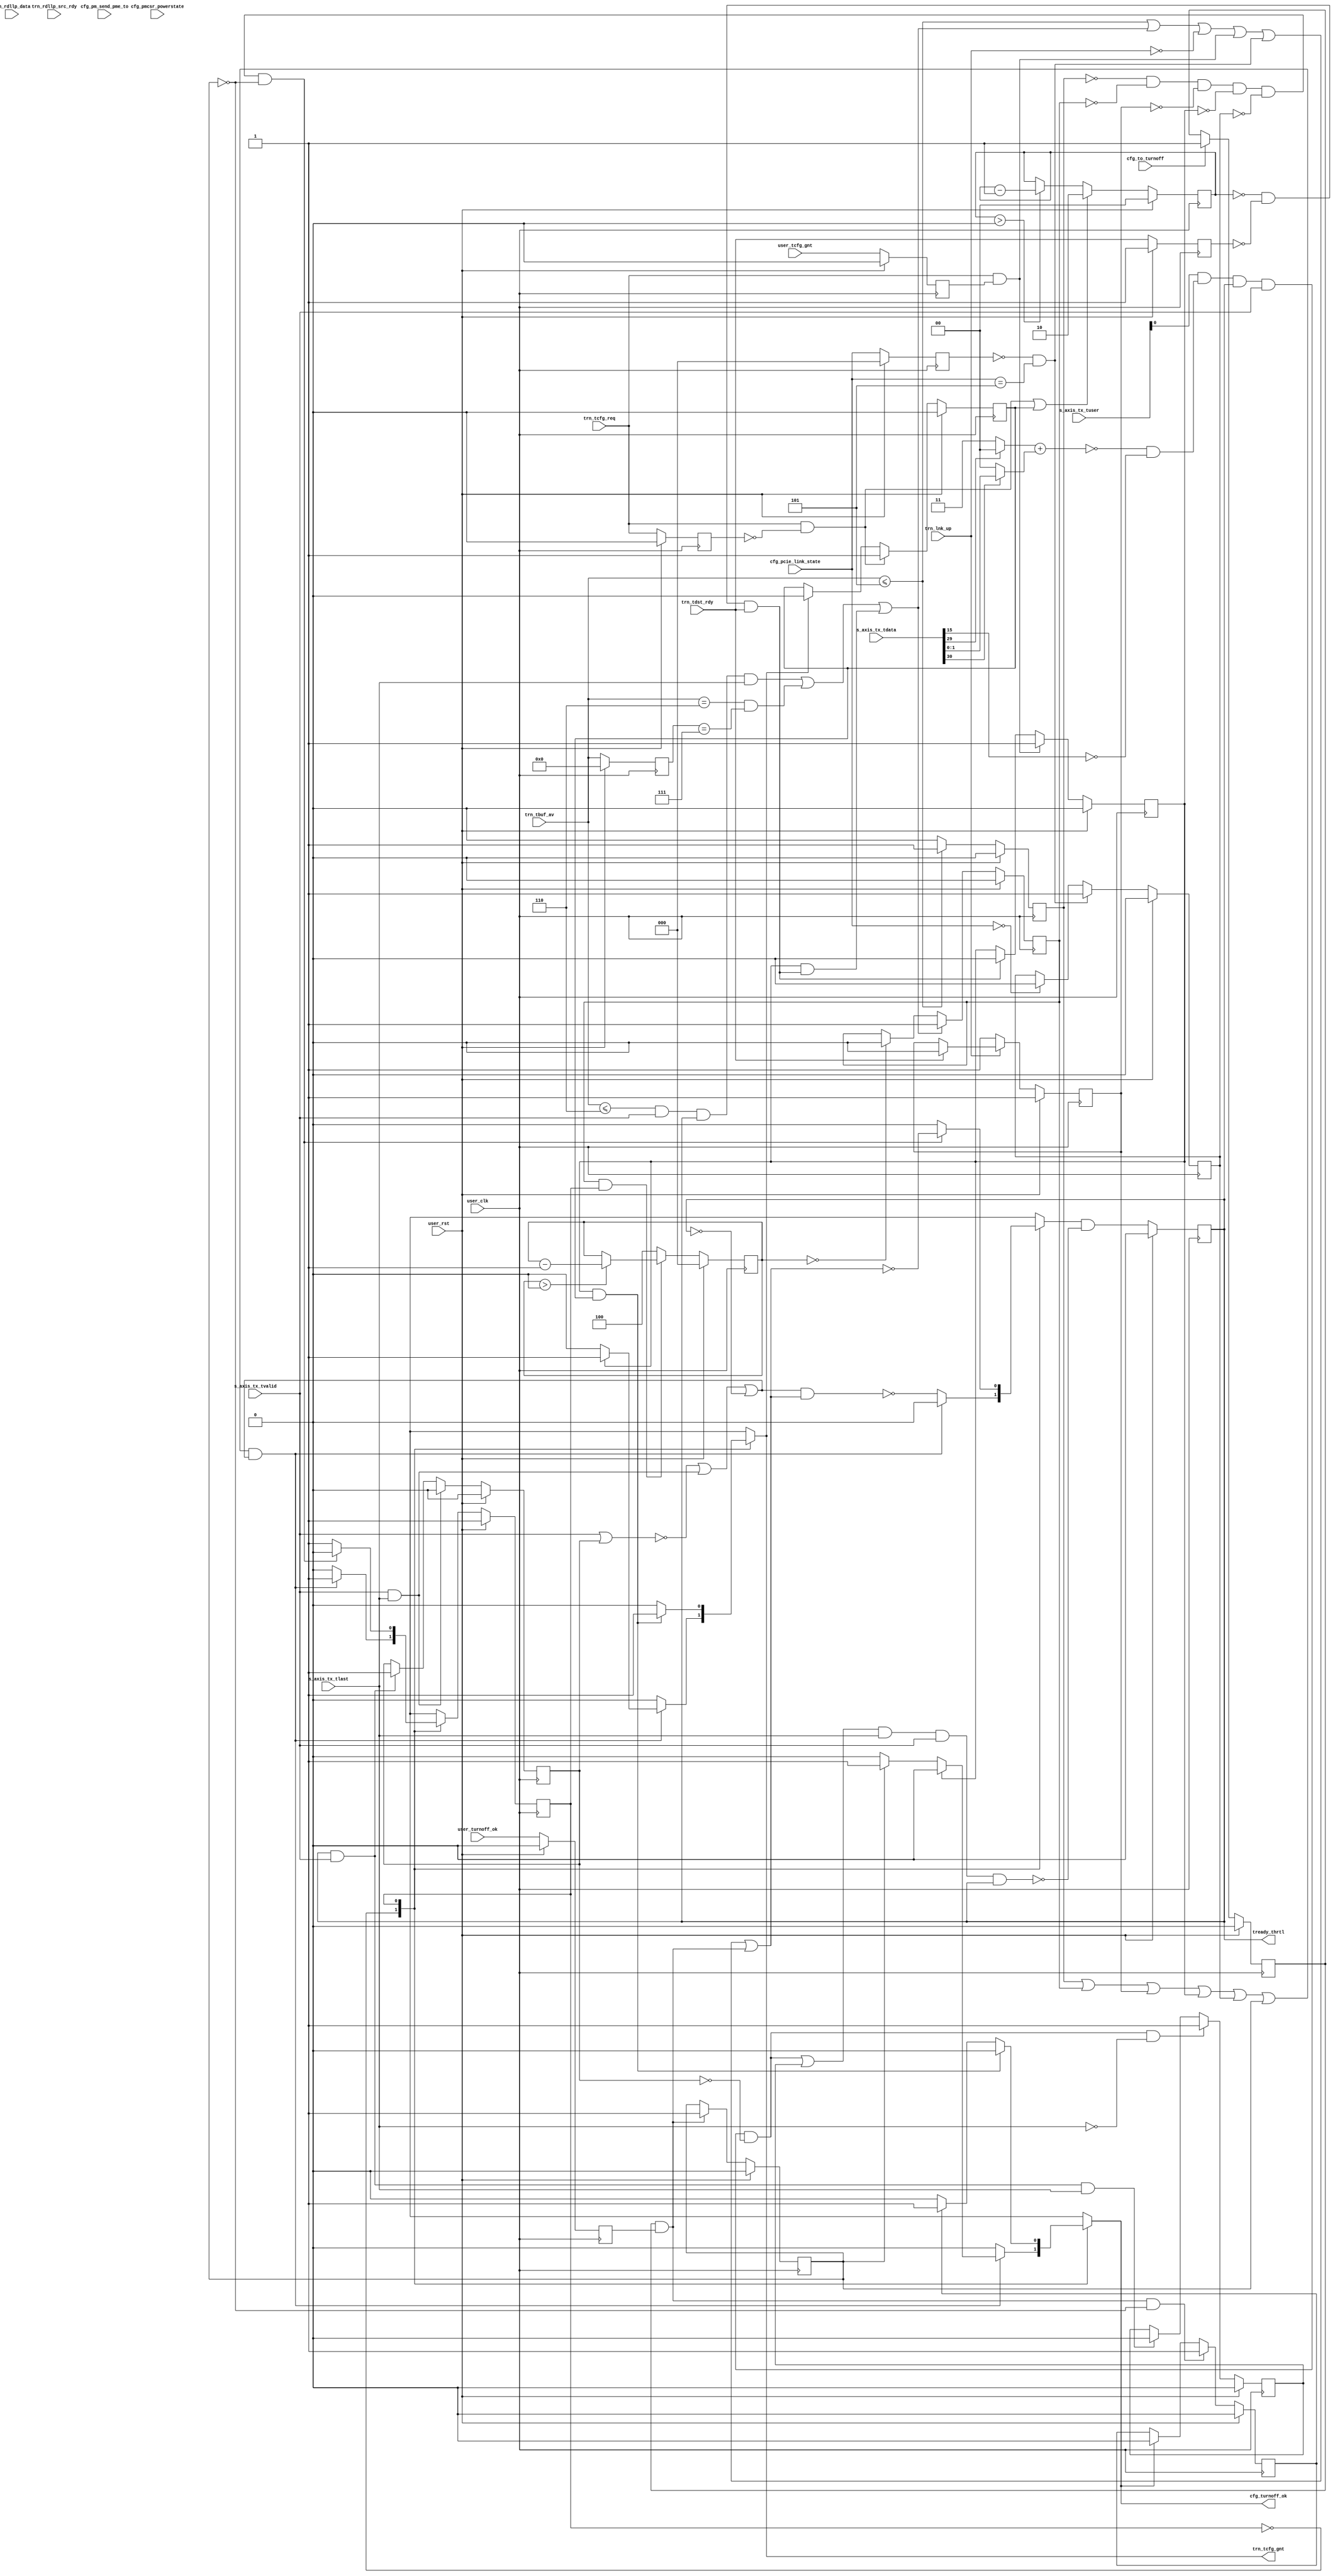
//-----------------------------------------------------------------------------
//
// (c) Copyright 2010-2011 Xilinx, Inc. All rights reserved.
//
// This file contains confidential and proprietary information
// of Xilinx, Inc. and is protected under U.S. and
// international copyright and other intellectual property
// laws.
//
// DISCLAIMER
// This disclaimer is not a license and does not grant any
// rights to the materials distributed herewith. Except as
// otherwise provided in a valid license issued to you by
// Xilinx, and to the maximum extent permitted by applicable
// law: (1) THESE MATERIALS ARE MADE AVAILABLE "AS IS" AND
// WITH ALL FAULTS, AND XILINX HEREBY DISCLAIMS ALL WARRANTIES
// AND CONDITIONS, EXPRESS, IMPLIED, OR STATUTORY, INCLUDING
// BUT NOT LIMITED TO WARRANTIES OF MERCHANTABILITY, NON-
// INFRINGEMENT, OR FITNESS FOR ANY PARTICULAR PURPOSE; and
// (2) Xilinx shall not be liable (whether in contract or tort,
// including negligence, or under any other theory of
// liability) for any loss or damage of any kind or nature
// related to, arising under or in connection with these
// materials, including for any direct, or any indirect,
// special, incidental, or consequential loss or damage
// (including loss of data, profits, goodwill, or any type of
// loss or damage suffered as a result of any action brought
// by a third party) even if such damage or loss was
// reasonably foreseeable or Xilinx had been advised of the
// possibility of the same.
//
// CRITICAL APPLICATIONS
// Xilinx products are not designed or intended to be fail-
// safe, or for use in any application requiring fail-safe
// performance, such as life-support or safety devices or
// systems, Class III medical devices, nuclear facilities,
// applications related to the deployment of airbags, or any
// other applications that could lead to death, personal
// injury, or severe property or environmental damage
// (individually and collectively, "Critical
// Applications"). Customer assumes the sole risk and
// liability of any use of Xilinx products in Critical
// Applications, subject only to applicable laws and
// regulations governing limitations on product liability.
//
// THIS COPYRIGHT NOTICE AND DISCLAIMER MUST BE RETAINED AS
// PART OF THIS FILE AT ALL TIMES.
//
//-----------------------------------------------------------------------------
// Project    : Series-7 Integrated Block for PCI Express
// Version    : 1.10
//                                                                            //
//  Description:                                                              //
//  TX throttle controller. Anticipates back-pressure from PCIe block and     //
//  preemptively back-pressures user design (packet boundary throttling).     //
//                                                                            //
//  Notes:                                                                    //
//  Optional notes section.                                                   //
//                                                                            //
//  Hierarchical:                                                             //
//    axi_basic_top                                                           //
//      axi_basic_tx                                                          //
//        axi_basic_tx_thrtl_ctl                                              //
//                                                                            //
//----------------------------------------------------------------------------//

`timescale 1ps/1ps

module pcie_7x_v1_10_axi_basic_tx_thrtl_ctl #(
  parameter C_DATA_WIDTH = 128,           // RX/TX interface data width
  parameter C_FAMILY     = "X7",          // Targeted FPGA family
  parameter C_ROOT_PORT  = "FALSE",       // PCIe block is in root port mode
  parameter TCQ = 1                       // Clock to Q time
  ) (

  // AXI TX
  //-----------
  input  [C_DATA_WIDTH-1:0] s_axis_tx_tdata,         // TX data from user
  input                     s_axis_tx_tvalid,        // TX data is valid
  input               [3:0] s_axis_tx_tuser,         // TX user signals
  input                     s_axis_tx_tlast,         // TX data is last

  // User Misc.
  //-----------
  input                     user_turnoff_ok,         // Turnoff OK from user
  input                     user_tcfg_gnt,           // Send cfg OK from user

  // TRN TX
  //-----------
  input               [5:0] trn_tbuf_av,             // TX buffers available
  input                     trn_tdst_rdy,            // TX destination ready

  // TRN Misc.
  //-----------
  input                     trn_tcfg_req,            // TX config request
  output                    trn_tcfg_gnt,            // TX config grant
  input                     trn_lnk_up,              // PCIe link up

  // 7 Series/Virtex6 PM
  //-----------
  input               [2:0] cfg_pcie_link_state,     // Encoded PCIe link state

  // Virtex6 PM
  //-----------
  input                     cfg_pm_send_pme_to,      // PM send PME turnoff msg
  input               [1:0] cfg_pmcsr_powerstate,    // PMCSR power state
  input              [31:0] trn_rdllp_data,          // RX DLLP data
  input                     trn_rdllp_src_rdy,       // RX DLLP source ready

  // Virtex6/Spartan6 PM
  //-----------
  input                     cfg_to_turnoff,          // Turnoff request
  output reg                cfg_turnoff_ok,          // Turnoff grant

  // System
  //-----------
  output reg                tready_thrtl,            // TREADY to pipeline
  input                     user_clk,                // user clock from block
  input                     user_rst                 // user reset from block
);

// Thrtl user when TBUF hits this val
localparam TBUF_AV_MIN = (C_DATA_WIDTH == 128) ? 5 :
                                                   (C_DATA_WIDTH == 64) ? 1 : 0;

// Pause user when TBUF hits this val
localparam TBUF_AV_GAP = TBUF_AV_MIN + 1;

// GAP pause time - the latency from the time a packet is accepted on the TRN
// interface to the time trn_tbuf_av from the Block will decrement.
localparam TBUF_GAP_TIME = (C_DATA_WIDTH == 128) ? 4 : 1;

// Latency time from when tcfg_gnt is asserted to when PCIe block will throttle
localparam TCFG_LATENCY_TIME = 2'd2;

// Number of pipeline stages to delay trn_tcfg_gnt. For V6 128-bit only
localparam TCFG_GNT_PIPE_STAGES = 3;

// Throttle condition registers and constants
reg        lnk_up_thrtl;
wire       lnk_up_trig;
wire       lnk_up_exit;

reg        tbuf_av_min_thrtl;
wire       tbuf_av_min_trig;

reg        tbuf_av_gap_thrtl;
reg  [2:0] tbuf_gap_cnt;
wire       tbuf_av_gap_trig;
wire       tbuf_av_gap_exit;
wire       gap_trig_tlast;
wire       gap_trig_decr;
reg  [5:0] tbuf_av_d;

reg        tcfg_req_thrtl;
reg  [1:0] tcfg_req_cnt;
reg        trn_tdst_rdy_d;
wire       tcfg_req_trig;
wire       tcfg_req_exit;
reg        tcfg_gnt_log;

wire       pre_throttle;
wire       reg_throttle;
wire       exit_crit;
reg        reg_tcfg_gnt;
reg        trn_tcfg_req_d;
reg        tcfg_gnt_pending;
wire       wire_to_turnoff;
reg        reg_turnoff_ok;

reg        tready_thrtl_mux;

localparam LINKSTATE_L0             = 3'b000;
localparam LINKSTATE_PPM_L1         = 3'b001;
localparam LINKSTATE_PPM_L1_TRANS   = 3'b101;
localparam LINKSTATE_PPM_L23R_TRANS = 3'b110;
localparam PM_ENTER_L1              = 8'h20;
localparam POWERSTATE_D0            = 2'b00;

reg        ppm_L1_thrtl;
wire       ppm_L1_trig;
wire       ppm_L1_exit;
reg  [2:0] cfg_pcie_link_state_d;
reg        trn_rdllp_src_rdy_d;

reg        ppm_L23_thrtl;
wire       ppm_L23_trig;
reg        cfg_turnoff_ok_pending;

reg        reg_tlast;

// Throttle control state machine states and registers
localparam IDLE       = 0;
localparam THROTTLE   = 1;
reg        cur_state;
reg        next_state;

reg        reg_axi_in_pkt;
wire       axi_in_pkt;
wire       axi_pkt_ending;
wire       axi_throttled;
wire       axi_thrtl_ok;
wire       tx_ecrc_pause;

//----------------------------------------------------------------------------//
// THROTTLE REASON: PCIe link is down                                         //
//   - When to throttle: trn_lnk_up deasserted                                //
//   - When to stop: trn_tdst_rdy assesrted                                   //
//----------------------------------------------------------------------------//
assign lnk_up_trig = !trn_lnk_up;
assign lnk_up_exit = trn_tdst_rdy;

always @(posedge user_clk) begin
  if(user_rst) begin
    lnk_up_thrtl <= #TCQ 1'b1;
  end
  else begin
    if(lnk_up_trig) begin
      lnk_up_thrtl <= #TCQ 1'b1;
    end
    else if(lnk_up_exit) begin
      lnk_up_thrtl <= #TCQ 1'b0;
    end
  end
end


//----------------------------------------------------------------------------//
// THROTTLE REASON: Transmit buffers depleted                                 //
//   - When to throttle: trn_tbuf_av falls to 0                               //
//   - When to stop: trn_tbuf_av rises above 0 again                          //
//----------------------------------------------------------------------------//
assign tbuf_av_min_trig = (trn_tbuf_av <= TBUF_AV_MIN);

always @(posedge user_clk) begin
  if(user_rst) begin
    tbuf_av_min_thrtl <= #TCQ 1'b0;
  end
  else begin
    if(tbuf_av_min_trig) begin
      tbuf_av_min_thrtl <= #TCQ 1'b1;
    end

    // The exit condition for tbuf_av_min_thrtl is !tbuf_av_min_trig
    else begin
      tbuf_av_min_thrtl <= #TCQ 1'b0;
    end
  end
end


//----------------------------------------------------------------------------//
// THROTTLE REASON: Transmit buffers getting low                              //
//   - When to throttle: trn_tbuf_av falls below "gap" threshold TBUF_AV_GAP  //
//   - When to stop: after TBUF_GAP_TIME cycles elapse                        //
//                                                                            //
// If we're about to run out of transmit buffers, throttle the user for a     //
// few clock cycles to give the PCIe block time to catch up. This is          //
// needed to compensate for latency in decrementing trn_tbuf_av in the PCIe   //
// Block transmit path.                                                       //
//----------------------------------------------------------------------------//

// Detect two different scenarios for buffers getting low:
// 1) If we see a TLAST. a new packet has been inserted into the buffer, and
//    we need to pause and let that packet "soak in"
assign gap_trig_tlast = (trn_tbuf_av <= TBUF_AV_GAP) &&
                            s_axis_tx_tvalid && tready_thrtl && s_axis_tx_tlast;

// 2) Any time tbug_avail decrements to the TBUF_AV_GAP threshold, we need to
//    pause and make sure no other packets are about to soak in and cause the
//    buffer availability to drop further.
assign gap_trig_decr  = (trn_tbuf_av == (TBUF_AV_GAP)) &&
                                                 (tbuf_av_d == (TBUF_AV_GAP+1));

assign gap_trig_tcfg  = (tcfg_req_thrtl && tcfg_req_exit);
assign tbuf_av_gap_trig = gap_trig_tlast || gap_trig_decr || gap_trig_tcfg;
assign tbuf_av_gap_exit = (tbuf_gap_cnt == 0);

always @(posedge user_clk) begin
  if(user_rst) begin
    tbuf_av_gap_thrtl <= #TCQ 1'b0;
    tbuf_gap_cnt      <= #TCQ 3'h0;
    tbuf_av_d         <= #TCQ 6'h00;
  end
  else begin
    if(tbuf_av_gap_trig) begin
      tbuf_av_gap_thrtl <= #TCQ 1'b1;
    end
    else if(tbuf_av_gap_exit) begin
      tbuf_av_gap_thrtl <= #TCQ 1'b0;
    end

    // tbuf gap counter:
    // This logic controls the length of the throttle condition when tbufs are
    // getting low.
    if(tbuf_av_gap_thrtl && (cur_state == THROTTLE)) begin
      if(tbuf_gap_cnt > 0) begin
        tbuf_gap_cnt <= #TCQ tbuf_gap_cnt - 3'd1;
      end
    end
    else begin
      tbuf_gap_cnt <= #TCQ TBUF_GAP_TIME;
    end

    tbuf_av_d <= #TCQ trn_tbuf_av;
  end
end


//----------------------------------------------------------------------------//
// THROTTLE REASON: Block needs to send a CFG response                        //
//   - When to throttle: trn_tcfg_req and user_tcfg_gnt asserted              //
//   - When to stop: after trn_tdst_rdy transitions to unasserted             //
//                                                                            //
// If the block needs to send a response to a CFG packet, this will cause     //
// the subsequent deassertion of trn_tdst_rdy. When the user design permits,  //
// grant permission to the block to service request and throttle the user.    //
//----------------------------------------------------------------------------//
assign tcfg_req_trig = trn_tcfg_req && reg_tcfg_gnt;
assign tcfg_req_exit = (tcfg_req_cnt == 2'd0) && !trn_tdst_rdy_d &&
                                                                   trn_tdst_rdy;
always @(posedge user_clk) begin
  if(user_rst) begin
    tcfg_req_thrtl   <= #TCQ 1'b0;
    trn_tcfg_req_d   <= #TCQ 1'b0;
    trn_tdst_rdy_d   <= #TCQ 1'b1;
    reg_tcfg_gnt     <= #TCQ 1'b0;
    tcfg_req_cnt     <= #TCQ 2'd0;
    tcfg_gnt_pending <= #TCQ 1'b0;
  end
  else begin
    if(tcfg_req_trig) begin
      tcfg_req_thrtl <= #TCQ 1'b1;
    end
    else if(tcfg_req_exit) begin
      tcfg_req_thrtl <= #TCQ 1'b0;
    end

    // We need to wait the appropriate amount of time for the tcfg_gnt to
    // "sink in" to the PCIe block. After that, we know that the PCIe block will
    // not reassert trn_tdst_rdy until the CFG request has been serviced. If a
    // new request is being service (tcfg_gnt_log == 1), then reset the timer.
    if((trn_tcfg_req && !trn_tcfg_req_d) || tcfg_gnt_pending) begin
      tcfg_req_cnt <= #TCQ TCFG_LATENCY_TIME;
    end
    else begin
      if(tcfg_req_cnt > 0) begin
        tcfg_req_cnt <= #TCQ tcfg_req_cnt - 2'd1;
      end
    end

    // Make sure tcfg_gnt_log pulses once for one clock cycle for every
    // cfg packet request.
    if(trn_tcfg_req && !trn_tcfg_req_d) begin
      tcfg_gnt_pending <= #TCQ 1'b1;
    end
    else if(tcfg_gnt_log) begin
      tcfg_gnt_pending <= #TCQ 1'b0;
    end

    trn_tcfg_req_d <= #TCQ trn_tcfg_req;
    trn_tdst_rdy_d <= #TCQ trn_tdst_rdy;
    reg_tcfg_gnt   <= #TCQ user_tcfg_gnt;
  end
end


//----------------------------------------------------------------------------//
// THROTTLE REASON: Block needs to transition to low power state PPM L1       //
//   - When to throttle: appropriate low power state signal asserted          //
//     (architecture dependent)                                               //
//   - When to stop: cfg_pcie_link_state goes to proper value (C_ROOT_PORT    //
//     dependent)                                                             //
//                                                                            //
// If the block needs to transition to PM state PPM L1, we need to finish     //
// up what we're doing and throttle immediately.                              //
//----------------------------------------------------------------------------//
generate
  // PPM L1 signals for 7 Series in RC mode
  if((C_FAMILY == "X7") && (C_ROOT_PORT == "TRUE")) begin : x7_L1_thrtl_rp
    assign ppm_L1_trig = (cfg_pcie_link_state_d == LINKSTATE_L0) &&
                           (cfg_pcie_link_state == LINKSTATE_PPM_L1_TRANS);
    assign ppm_L1_exit = cfg_pcie_link_state == LINKSTATE_PPM_L1;
  end

  // PPM L1 signals for 7 Series in EP mode
  else if((C_FAMILY == "X7") && (C_ROOT_PORT == "FALSE")) begin : x7_L1_thrtl_ep
    assign ppm_L1_trig = (cfg_pcie_link_state_d == LINKSTATE_L0) &&
                           (cfg_pcie_link_state == LINKSTATE_PPM_L1_TRANS);
    assign ppm_L1_exit = cfg_pcie_link_state == LINKSTATE_L0;
  end

  // PPM L1 signals for V6 in RC mode
  else if((C_FAMILY == "V6") && (C_ROOT_PORT == "TRUE")) begin : v6_L1_thrtl_rp
    assign ppm_L1_trig = (trn_rdllp_data[31:24] == PM_ENTER_L1) &&
                                      trn_rdllp_src_rdy && !trn_rdllp_src_rdy_d;
    assign ppm_L1_exit = cfg_pcie_link_state == LINKSTATE_PPM_L1;
  end

  // PPM L1 signals for V6 in EP mode
  else if((C_FAMILY == "V6") && (C_ROOT_PORT == "FALSE")) begin : v6_L1_thrtl_ep
    assign ppm_L1_trig = (cfg_pmcsr_powerstate != POWERSTATE_D0);
    assign ppm_L1_exit = cfg_pcie_link_state == LINKSTATE_L0;
  end

  // PPM L1 detection not supported for S6
  else begin : s6_L1_thrtl
    assign ppm_L1_trig = 1'b0;
    assign ppm_L1_exit = 1'b1;
  end
endgenerate

always @(posedge user_clk) begin
  if(user_rst) begin
    ppm_L1_thrtl          <= #TCQ 1'b0;
    cfg_pcie_link_state_d <= #TCQ 3'b0;
    trn_rdllp_src_rdy_d   <= #TCQ 1'b0;
  end
  else begin
    if(ppm_L1_trig) begin
      ppm_L1_thrtl <= #TCQ 1'b1;
    end
    else if(ppm_L1_exit) begin
      ppm_L1_thrtl <= #TCQ 1'b0;
    end
    cfg_pcie_link_state_d <= #TCQ cfg_pcie_link_state;
    trn_rdllp_src_rdy_d   <= #TCQ trn_rdllp_src_rdy;
  end
end


//----------------------------------------------------------------------------//
// THROTTLE REASON: Block needs to transition to low power state PPM L2/3     //
//   - When to throttle: appropriate PM signal indicates a transition to      //
//     L2/3 is pending or in progress (family and role dependent)             //
//   - When to stop: never (the only path out of L2/3 is a full reset)        //
//                                                                            //
// If the block needs to transition to PM state PPM L2/3, we need to finish   //
// up what we're doing and throttle when the user gives permission.           //
//----------------------------------------------------------------------------//
generate
  // PPM L2/3 signals for 7 Series in RC mode
  if((C_FAMILY == "X7") && (C_ROOT_PORT == "TRUE")) begin : x7_L23_thrtl_rp
    assign ppm_L23_trig = (cfg_pcie_link_state_d == LINKSTATE_PPM_L23R_TRANS);
    assign wire_to_turnoff = 1'b0;
  end

  // PPM L2/3 signals for V6 in RC mode
  else if((C_FAMILY == "V6") && (C_ROOT_PORT == "TRUE")) begin : v6_L23_thrtl_rp
    assign ppm_L23_trig = cfg_pm_send_pme_to;
    assign wire_to_turnoff = 1'b0;
  end

  // PPM L2/3 signals in EP mode
  else begin : L23_thrtl_ep
    assign ppm_L23_trig = wire_to_turnoff && reg_turnoff_ok;

    // PPM L2/3 signals for 7 Series in EP mode
    // For 7 Series, cfg_to_turnoff pulses once when a turnoff request is
    // outstanding, so we need a "sticky" register that grabs the request.
    if(C_FAMILY == "X7") begin : x7_L23_thrtl_ep
      reg reg_to_turnoff;

      always @(posedge user_clk) begin
        if(user_rst) begin
          reg_to_turnoff <= #TCQ 1'b0;
        end
        else begin
          if(cfg_to_turnoff) begin
            reg_to_turnoff <= #TCQ 1'b1;
          end
        end
      end

      assign wire_to_turnoff = reg_to_turnoff;
    end

    // PPM L2/3 signals for V6/S6 in EP mode
    // In V6 and S6, the to_turnoff signal asserts and remains asserted until
    // turnoff_ok is asserted, so a sticky reg is not necessary.
    else begin : v6_s6_L23_thrtl_ep
      assign wire_to_turnoff = cfg_to_turnoff;
    end

    always @(posedge user_clk) begin
      if(user_rst) begin
        reg_turnoff_ok <= #TCQ 1'b0;
      end
      else begin
        reg_turnoff_ok <= #TCQ user_turnoff_ok;
      end
    end
  end
endgenerate

always @(posedge user_clk) begin
  if(user_rst) begin
    ppm_L23_thrtl   <= #TCQ 1'b0;
    cfg_turnoff_ok_pending <= #TCQ 1'b0;
  end
  else begin
    if(ppm_L23_trig) begin
      ppm_L23_thrtl <= #TCQ 1'b1;
    end

    // Make sure cfg_turnoff_ok pulses once for one clock cycle for every
    // turnoff request.
    if(ppm_L23_trig && !ppm_L23_thrtl) begin
      cfg_turnoff_ok_pending <= #TCQ 1'b1;
    end
    else if(cfg_turnoff_ok) begin
      cfg_turnoff_ok_pending <= #TCQ 1'b0;
    end
  end
end


//----------------------------------------------------------------------------//
// Create axi_thrtl_ok. This signal determines if it's OK to throttle the     //
// user design on the AXI interface. Since TREADY is registered, this signal  //
// needs to assert on the cycle ~before~ we actually intend to throttle.      //
// The only time it's OK to throttle when TVALID is asserted is on the first  //
// beat of a new packet. Therefore, assert axi_thrtl_ok if one of the         //
// is true:                                                                   //
//    1) The user is not in a packet and is not starting one                  //
//    2) The user is just finishing a packet                                  //
//    3) We're already throttled, so it's OK to continue throttling           //
//----------------------------------------------------------------------------//
always @(posedge user_clk) begin
  if(user_rst) begin
    reg_axi_in_pkt <= #TCQ 1'b0;
  end
  else begin
    if(s_axis_tx_tvalid && s_axis_tx_tlast) begin
      reg_axi_in_pkt <= #TCQ 1'b0;
    end
    else if(tready_thrtl && s_axis_tx_tvalid) begin
      reg_axi_in_pkt <= #TCQ 1'b1;
    end
  end
end

assign axi_in_pkt     = s_axis_tx_tvalid || reg_axi_in_pkt;
assign axi_pkt_ending = s_axis_tx_tvalid && s_axis_tx_tlast;
assign axi_throttled  = !tready_thrtl;
assign axi_thrtl_ok   = !axi_in_pkt || axi_pkt_ending || axi_throttled;


//----------------------------------------------------------------------------//
// Throttle CTL State Machine:                                                //
// Throttle user design when a throttle trigger (or triggers) occur.          //
// Keep user throttled until all exit criteria have been met.                 //
//----------------------------------------------------------------------------//

// Immediate throttle signal. Used to "pounce" on a throttle opportunity when
// we're seeking one
assign pre_throttle = tbuf_av_min_trig || tbuf_av_gap_trig || lnk_up_trig
                                || tcfg_req_trig || ppm_L1_trig || ppm_L23_trig;


// Registered throttle signals. Used to control throttle state machine
assign reg_throttle = tbuf_av_min_thrtl || tbuf_av_gap_thrtl || lnk_up_thrtl
                             || tcfg_req_thrtl || ppm_L1_thrtl || ppm_L23_thrtl;

assign exit_crit = !tbuf_av_min_thrtl && !tbuf_av_gap_thrtl && !lnk_up_thrtl
                          && !tcfg_req_thrtl && !ppm_L1_thrtl && !ppm_L23_thrtl;

always @(*) begin
  case(cur_state)
    // IDLE: in this state we're waiting for a trigger event to occur. As
    // soon as an event occurs and the user isn't transmitting a packet, we
    // throttle the PCIe block and the user and next state is THROTTLE.
    IDLE: begin
      if(reg_throttle && axi_thrtl_ok) begin
        // Throttle user
        tready_thrtl_mux = 1'b0;
        next_state       = THROTTLE;

        // Assert appropriate grant signal depending on the throttle type.
        if(tcfg_req_thrtl) begin
          tcfg_gnt_log   = 1'b1;   // For cfg request, grant the request
          cfg_turnoff_ok = 1'b0;   //
        end
        else if(ppm_L23_thrtl) begin
          tcfg_gnt_log   = 1'b0;   //
          cfg_turnoff_ok = 1'b1;   // For PM request, permit transition
        end
        else begin
          tcfg_gnt_log   = 1'b0;   // Otherwise do nothing
          cfg_turnoff_ok = 1'b0;   //
        end
      end

      // If there's not throttle event, do nothing
      else begin
        // Throttle user as soon as possible
        tready_thrtl_mux = !(axi_thrtl_ok && pre_throttle);
        next_state       = IDLE;

        tcfg_gnt_log     = 1'b0;
        cfg_turnoff_ok   = 1'b0;
      end
    end

    // THROTTLE: in this state the user is throttle and we're waiting for
    // exit criteria, which tells us that the throttle event is over. When
    // the exit criteria is satisfied, de-throttle the user and next state
    // is IDLE.
    THROTTLE: begin
      if(exit_crit) begin
        // Dethrottle user
        tready_thrtl_mux = !pre_throttle;
        next_state       = IDLE;
      end
      else begin
        // Throttle user
        tready_thrtl_mux = 1'b0;
        next_state       = THROTTLE;
      end

      // Assert appropriate grant signal depending on the throttle type.
      if(tcfg_req_thrtl && tcfg_gnt_pending) begin
        tcfg_gnt_log   = 1'b1;   // For cfg request, grant the request
        cfg_turnoff_ok = 1'b0;   //
      end
      else if(cfg_turnoff_ok_pending) begin
        tcfg_gnt_log   = 1'b0;   //
        cfg_turnoff_ok = 1'b1;   // For PM request, permit transition
      end
      else begin
        tcfg_gnt_log   = 1'b0;   // Otherwise do nothing
        cfg_turnoff_ok = 1'b0;   //
      end
    end

    default: begin
      tready_thrtl_mux = 1'b0;
      next_state       = IDLE;
      tcfg_gnt_log     = 1'b0;
      cfg_turnoff_ok   = 1'b0;
    end
  endcase
end

// Synchronous logic
always @(posedge user_clk) begin
  if(user_rst) begin
    // Throttle user by default until link comes up
    cur_state        <= #TCQ THROTTLE;

    reg_tlast        <= #TCQ 1'b0;

    tready_thrtl     <= #TCQ 1'b0;
  end
  else begin
    cur_state        <= #TCQ next_state;

    tready_thrtl     <= #TCQ tready_thrtl_mux && !tx_ecrc_pause;
    reg_tlast        <= #TCQ s_axis_tx_tlast;
  end
end

// For X7, the PCIe block will generate the ECRC for a packet if trn_tecrc_gen
// is asserted at SOF. In this case, the Block needs an extra data beat to
// calculate the ECRC, but only if the following conditions are met:
//  1) there is no empty DWORDS at the end of the packet
//     (i.e. packet length % C_DATA_WIDTH == 0)
//
//  2) There isn't a ECRC in the TLP already, as indicated by the TD bit in the
//     TLP header
//
// If both conditions are met, the Block will stall the TRN interface for one
// data beat after EOF. We need to predict this stall and preemptively stall the
// User for one beat.
generate
  if(C_FAMILY == "X7") begin : ecrc_pause_enabled
    wire        tx_ecrc_pkt;
    reg         reg_tx_ecrc_pkt;

    wire  [1:0] packet_fmt;
    wire        packet_td;
    wire  [2:0] header_len;
    wire  [9:0] payload_len;
    wire [13:0] packet_len;
    wire        pause_needed;

    // Grab necessary packet fields
    assign packet_fmt  = s_axis_tx_tdata[30:29];
    assign packet_td   = s_axis_tx_tdata[15];

    // Calculate total packet length
    assign header_len  = packet_fmt[0] ? 3'd4 : 3'd3;
    assign payload_len = packet_fmt[1] ? s_axis_tx_tdata[9:0] : 10'h0;
    assign packet_len  = {10'h000, header_len} + {4'h0, payload_len};


    // Determine if packet a ECRC pause is needed
    if(C_DATA_WIDTH == 128) begin : packet_len_check_128
      assign pause_needed = (packet_len[1:0] == 2'b00) && !packet_td;
    end
    else begin : packet_len_check_64
      assign pause_needed = (packet_len[0] == 1'b0) && !packet_td;
    end


    // Create flag to alert TX pipeline to insert a stall
    assign tx_ecrc_pkt = s_axis_tx_tuser[0] && pause_needed &&
                            tready_thrtl && s_axis_tx_tvalid && !reg_axi_in_pkt;

    always @(posedge user_clk) begin
      if(user_rst) begin
        reg_tx_ecrc_pkt <= #TCQ 1'b0;
      end
      else begin
        if(tx_ecrc_pkt && !s_axis_tx_tlast) begin
          reg_tx_ecrc_pkt <= #TCQ 1'b1;
        end
        else if(tready_thrtl && s_axis_tx_tvalid && s_axis_tx_tlast) begin
          reg_tx_ecrc_pkt <= #TCQ 1'b0;
        end
      end
    end


    // Insert the stall now
    assign tx_ecrc_pause = ((tx_ecrc_pkt || reg_tx_ecrc_pkt) &&
                           s_axis_tx_tlast && s_axis_tx_tvalid && tready_thrtl);

  end
  else begin : ecrc_pause_disabled
    assign tx_ecrc_pause = 1'b0;
  end
endgenerate


// Logic for 128-bit single cycle bug fix.
// This tcfg_gnt pipeline addresses an issue with 128-bit V6 designs where a
// single cycle packet transmitted simultaneously with an assertion of tcfg_gnt
// from AXI Basic causes the packet to be dropped. The packet drop occurs
// because the 128-bit shim doesn't know about the tcfg_req/gnt, and therefor
// isn't expecting trn_tdst_rdy to go low. Since the 128-bit shim does throttle
// prediction just as we do, it ignores the value of trn_tdst_rdy, and
// ultimately drops the packet when transmitting the packet to the block.
generate
  if(C_DATA_WIDTH == 128 && C_FAMILY == "V6") begin : tcfg_gnt_pipeline
    genvar stage;
    reg tcfg_gnt_pipe [TCFG_GNT_PIPE_STAGES:0];

    // Create a configurable depth FF delay pipeline
    for(stage = 0; stage < TCFG_GNT_PIPE_STAGES; stage = stage + 1)
    begin : tcfg_gnt_pipeline_stage

      always @(posedge user_clk) begin
        if(user_rst) begin
          tcfg_gnt_pipe[stage] <= #TCQ 1'b0;
        end
        else begin
          // For stage 0, insert the actual tcfg_gnt signal from logic
          if(stage == 0) begin
            tcfg_gnt_pipe[stage] <= #TCQ tcfg_gnt_log;
          end

          // For stages 1+, chain together
          else begin
            tcfg_gnt_pipe[stage] <= #TCQ tcfg_gnt_pipe[stage - 1];
          end
        end
      end

      // tcfg_gnt output to block assigned the last pipeline stage
      assign trn_tcfg_gnt = tcfg_gnt_pipe[TCFG_GNT_PIPE_STAGES-1];
    end
  end
  else begin : tcfg_gnt_no_pipeline

    // For all other architectures, no pipeline delay needed for tcfg_gnt
    assign trn_tcfg_gnt = tcfg_gnt_log;
  end
endgenerate

endmodule